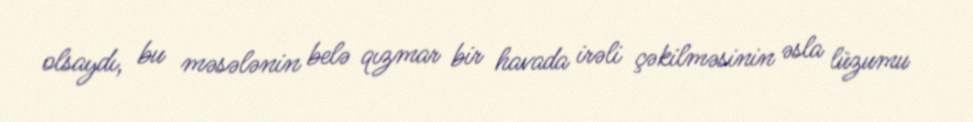
olsaydı, bu məsələnin belə qızmar bir havada irəli çəkilməsinin əsla lüzumu